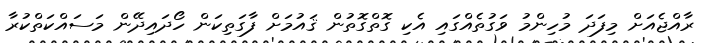
ރާއްޖެއަށް މިފަދަ މުހިންމު ވަގުތެއްގައި އެކި ގޮތްގޮތުން ޤައުމަށް ފާގަތިކަން ހޯދައިދޭން މަސައްކަތްކުރާ